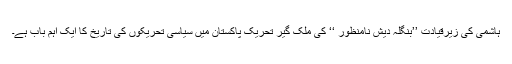
ہاشمی کی زیرِقیادت ’’بنگلہ دیش نامنظور ‘‘ کی ملک گیر تحریک پاکستان میں سیاسی تحریکوں کی تاریخ کا ایک اہم باب ہے۔